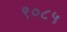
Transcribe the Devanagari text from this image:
९०८५